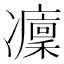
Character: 𠘡